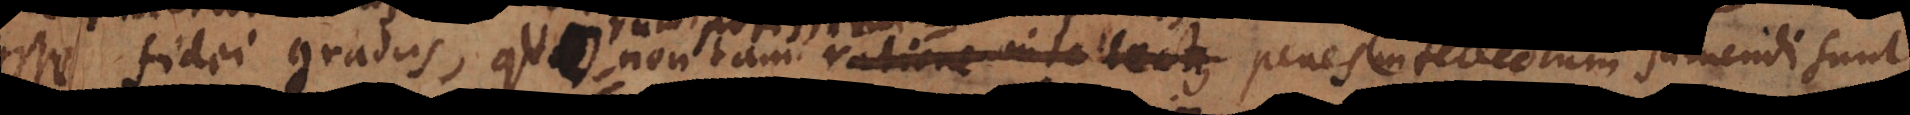
esse fidei gradus, quod non tam ratione intellectus intelligendum est, intellectum sumendi sunt,